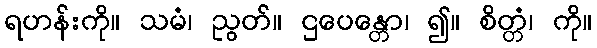
ရဟန်းကို။ သမံ၊ ညွတ်။ ဌပေန္တော၊ ၍။ စိတ္တံ၊ ကို။